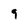
Character: 9